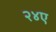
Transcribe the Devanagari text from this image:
२४ए